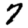
Digit: 7